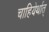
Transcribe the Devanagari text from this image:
चाहियेर्थात्